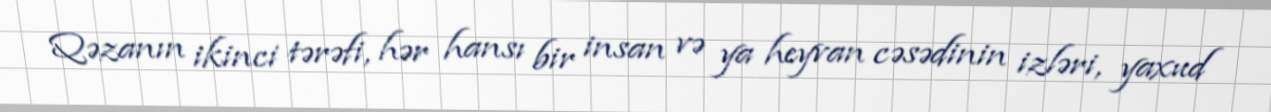
Qəzanın ikinci tərəfi, hər hansı bir insan və ya heyvan cəsədinin izləri, yaxud